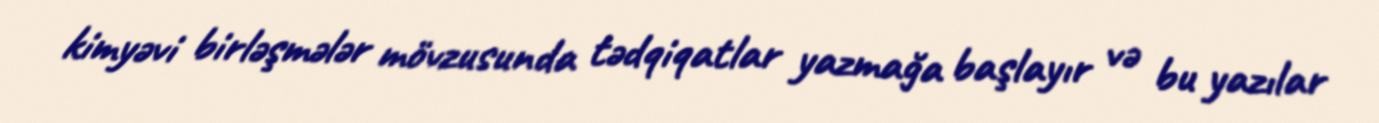
kimyəvi birləşmələr mövzusunda tədqiqatlar yazmağa başlayır və bu yazılar